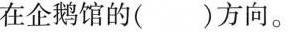
在企鹅馆的()方向。